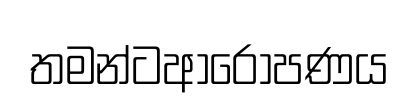
තමන්ටආරෝපණය